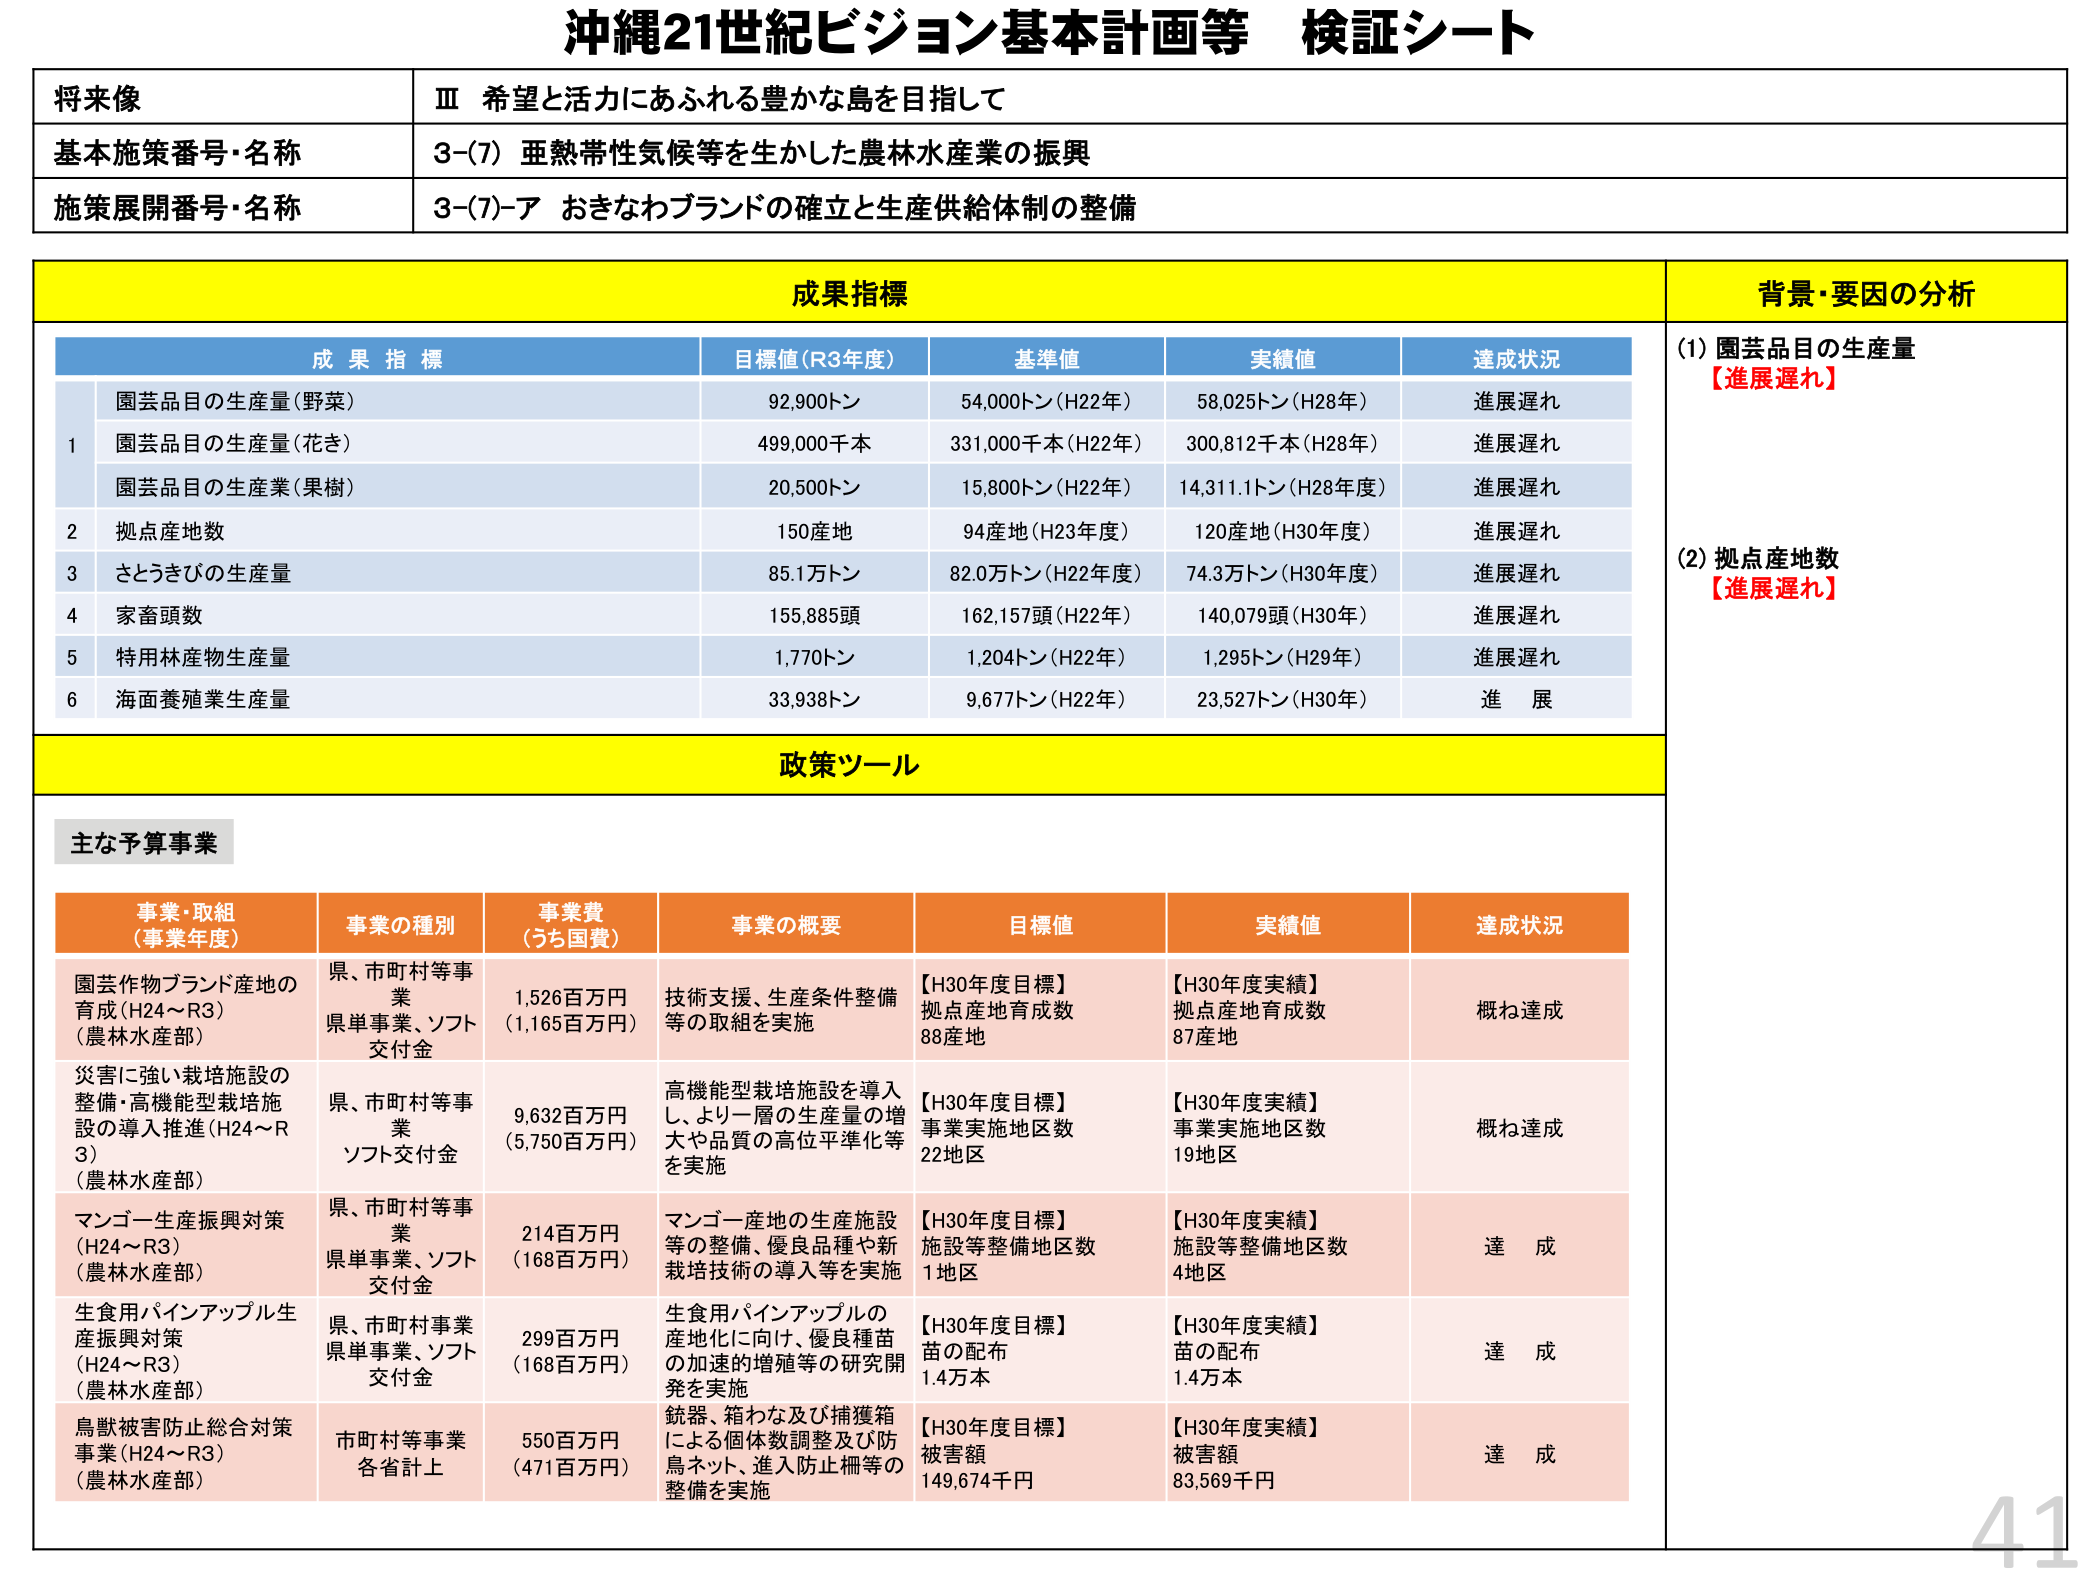
沖縄21世紀ビジョン基本計画等 検証シート

将来像
Ⅲ 希望と活力にあふれる豊かな島を目指して

基本施策番号・名称
3-(7) 亜熱帯性気候等を生かした農林水産業の振興

施策展開番号・名称
3-(7)-ア おきなわブランドの確立と生産供給体制の整備

成果指標
背景・要因の分析

成果指標
目標値（R3年度）
基準値
実績値
達成状況

1
園芸品目の生産量（野菜）
92,900トン
54,000トン（H22年）
58,025トン（H28年）
進展遅れ

園芸品目の生産量（花き）
499,000千本
331,000千本（H22年）
300,812千本（H28年）
進展遅れ

園芸品目の生産量（果樹）
20,500トン
15,800トン（H22年）
14,311.1トン（H28年度）
進展遅れ

2
拠点産地数
150産地
94産地（H23年度）
120産地（H30年度）
進展遅れ

3
さとうきびの生産量
85.1万トン
82.0万トン（H22年度）
74.3万トン（H30年度）
進展遅れ

4
家畜頭数
155,885頭
162,157頭（H22年）
140,079頭（H30年）
進展遅れ

5
特用林産物生産量
1,770トン
1,204トン（H22年）
1,295トン（H29年）
進展遅れ

6
海面養殖業生産量
33,938トン
9,677トン（H22年）
23,527トン（H30年）
進展

(1) 園芸品目の生産量
【進展遅れ】

(2) 拠点産地数
【進展遅れ】

政策ツール

主な予算事業

事業・取組
（事業年度）
事業の種別
事業費
（うち国費）
事業の概要
目標値
実績値
達成状況

園芸作物ブランド産地の育成（H24～R3）
（農林水産部）
県、市町村等事業
県単事業、ソフト交付金
1,526百万円
（1,165百万円）
技術支援、生産条件整備等の取組を実施
【H30年度目標】
拠点産地育成数
88産地
【H30年度実績】
拠点産地育成数
87産地
概ね達成

災害に強い栽培施設の整備・高機能型栽培施設の導入推進（H24～R3）
（農林水産部）
県、市町村等事業
ソフト交付金
9,632百万円
（5,750百万円）
高機能型栽培施設を導入し、より一層の生産量の増大や品質の高位平準化等を実施
【H30年度目標】
事業実施地区数
22地区
【H30年度実績】
事業実施地区数
19地区
概ね達成

マンゴー生産振興対策（H24～R3）
（農林水産部）
県、市町村等事業
県単事業、ソフト交付金
214百万円
（168百万円）
マンゴー産地の生産施設等の整備、優良品種や新栽培技術の導入等を実施
【H30年度目標】
施設等整備地区数
1地区
【H30年度実績】
施設等整備地区数
4地区
達成

生食用パインアップル生産振興対策（H24～R3）
（農林水産部）
県、市町村事業
県単事業、ソフト交付金
299百万円
（168百万円）
生食用パインアップルの産地化に向け、優良種苗の加速的増殖等の研究開発を実施
【H30年度目標】
苗の配布
1.4万本
【H30年度実績】
苗の配布
1.4万本
達成

鳥獣被害防止総合対策事業（H24～R3）
（農林水産部）
市町村等事業
各省計上
550百万円
（471百万円）
銃器、箱わな及び捕獲箱による個体数調整及び防鳥ネット、進入防止柵等の整備を実施
【H30年度目標】
被害額
149,674千円
【H30年度実績】
被害額
83,569千円
達成

41